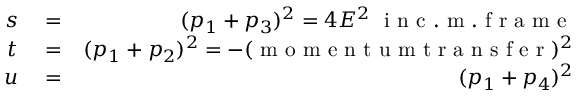
\begin{array} { r l r } { s } & { { } = } & { ( p _ { 1 } + p _ { 3 } ) ^ { 2 } = 4 E ^ { 2 } \mathrm { ~ \ i ~ n ~ c ~ . ~ m ~ . ~ f ~ r ~ a ~ m ~ e ~ } } \\ { t } & { { } = } & { ( p _ { 1 } + p _ { 2 } ) ^ { 2 } = - ( \mathrm { ~ m ~ o ~ m ~ e ~ n ~ t ~ u ~ m ~ t ~ r ~ a ~ n ~ s ~ f ~ e ~ r ~ } ) ^ { 2 } } \\ { u } & { { } = } & { ( p _ { 1 } + p _ { 4 } ) ^ { 2 } } \end{array}